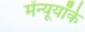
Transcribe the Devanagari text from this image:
मेंन्यूयॉर्क